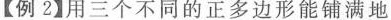
【例2】用三个不同的正多边形能铺满地